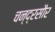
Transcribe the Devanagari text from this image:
चन्द्रसौर